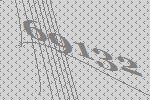
69132